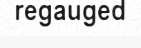
regauged